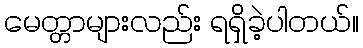
မေတ္တာများလည်း ရရှိခဲ့ပါတယ်။